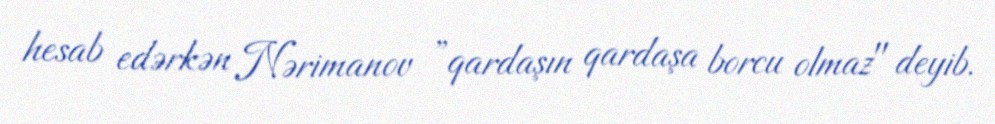
hesab edərkən Nərimanov ”qardaşın qardaşa borcu olmaz" deyib.